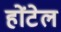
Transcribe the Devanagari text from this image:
होंटेल